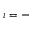
i = -